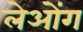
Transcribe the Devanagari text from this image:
लेओंग